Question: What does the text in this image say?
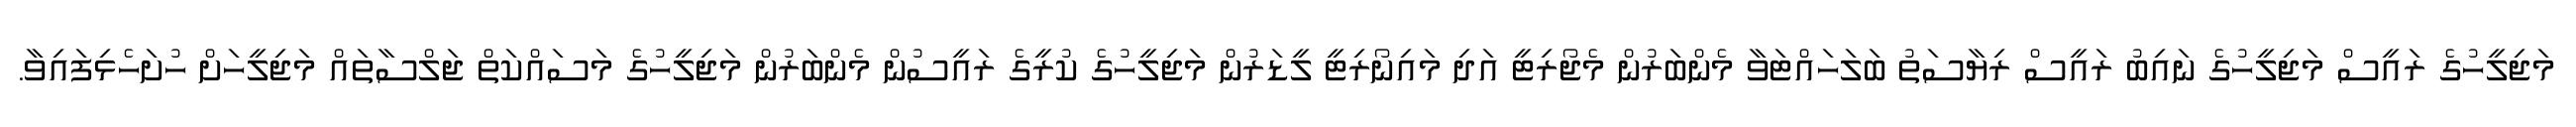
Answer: މަޖިލީހުގެ ރައީސް މަޖިލީހުގެ ނައިބު ރައީސް ރިޔާސަތު ބަލަހައްޓަވާ މެންބަރުން މެޖޯރިޓީ އަދި މައިނޯރިޓީ ލީޑަރުން މަޖިލީހުގެ ކުރީގެ ރައީސުން މެންބަރުން މަޖިލީހުގެ މަސައްކަތް ޖަލްސާތައް މަޖިލީހަށް ހުށަހެޅިފައިވާ.